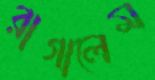
রাগালেম